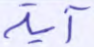
آية